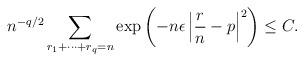
LaTeX: \begin{align*} n^{-q/2} \sum_{r_1 + \cdots + r_q = n} \exp\left(-n \epsilon\left|\frac rn - p\right|^2\right) \le C. \end{align*}